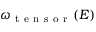
\omega _ { \mathrm { ~ t ~ e ~ n ~ s ~ o ~ r ~ } } ( E )